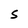
Character: s